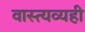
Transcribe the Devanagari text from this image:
वास्त्यव्यही